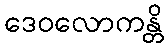
ဒေဝလောကန္တိ